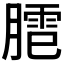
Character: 𰯍